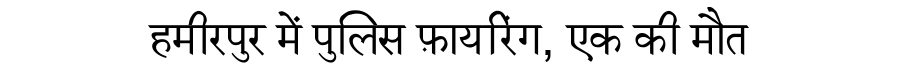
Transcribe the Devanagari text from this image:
हमीरपुर में पुलिस फ़ायरिंग, एक की मौत